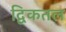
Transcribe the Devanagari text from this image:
द्विकतल